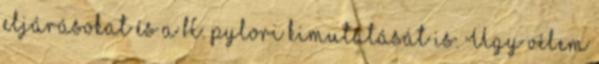
eljárásokat és a H. pylori kimutatását is. Úgy vélem